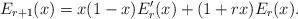
LaTeX: \begin{align*} E_{r+1}(x)=x(1-x)E'_r(x)+(1+rx)E_r(x). \end{align*}